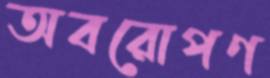
অবরোপণ